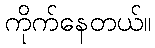
ကိုက်နေတယ်။